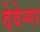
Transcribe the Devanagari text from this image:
देवेन्गर